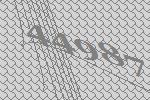
44987